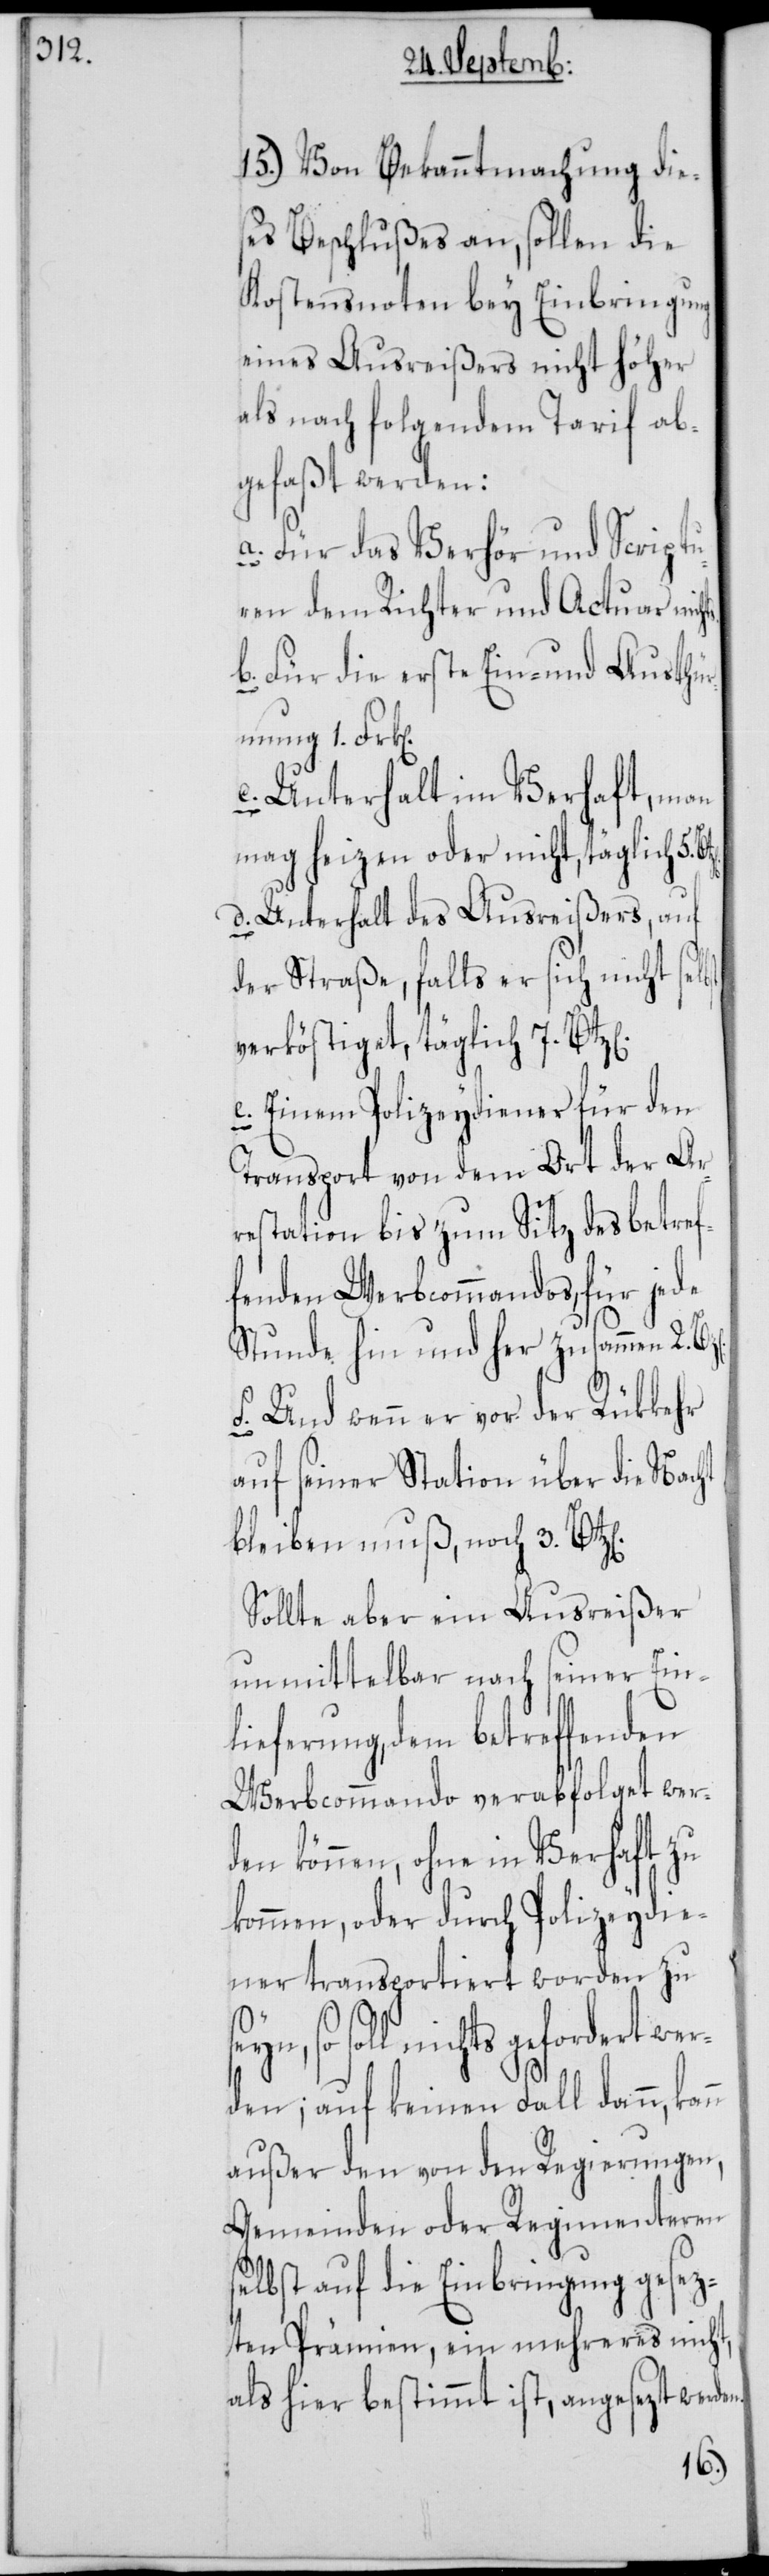
15.) Von Bekanntmachung die¬
ses Beschlußes an, sollen die
Kostensnoten bey Einbringung
eines Ausreißers nicht höher
als nach folgendem Tarif ab¬
gefaßt werden:
a. Für das Verhör und Scriptu¬
ren dem Richter und Actuar nich¬
b. Für die erste Ein- und Austhür¬
nung 1. Frk[e¬
c. Unterhalt im Verhaft, man
mag heizen oder nicht, täglich 5.
d. Unterhalt des Ausreißers, auf
der Straße, falls er sich nicht selbst
verköstiget, täglich 7. Btz[e¬
e. Einem Polizeydiener für den
Transport von dem Ort der Ar¬
restation bis zum Sitz des betref¬
fenden Werbcommandos, für jede
Stunde hin und her zusammen 2
f. Und wenn er vor der Rükkehr
auf seiner Station über die Nacht
bleiben muß, noch 3
Sollte aber ein Ausreißer
unmittelbar nach seiner Ein¬
lieferung, dem betreffenden
Werbcommando verabfolget wer¬
den können, ohne in Verhaft zu
kommen, oder durch Polizeydie¬
ner transportiert worden zu
so soll nichts gefordert we¬
rden; auf keinen Fall dann,
außer den von den Regierungen,
Gemeinden oder Regimenteren
selbst auf die Einbringung gesez¬
ten Prämien, ein mehreres nicht,
als hier bestimmt ist, angesezt werden.
n].